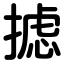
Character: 摅